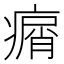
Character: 𤸮